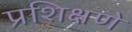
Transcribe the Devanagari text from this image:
प्रशिक्षणे